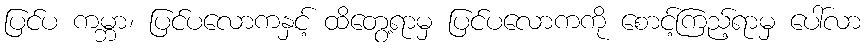
ပြင်ပ ကမ္ဘာ၊ ပြင်ပလောကနှင့် ထိတွေ့ရာမှ ပြင်ပလောကကို စောင့်ကြည့်ရာမှ ပေါ်လာ